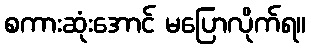
စကားဆုံးအောင် မပြောလိုက်ရ။